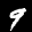
Label: 9